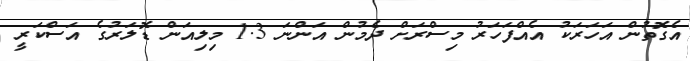
އެގޮތުން އަހަރަކު އެއްފަހަރު މިސްރަށް ދެމުން އަންނަ 1.3 މިލިއަން ޑޮލަރުގެ އަސްކަރީ